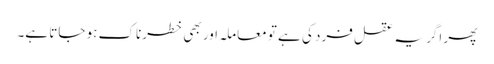
پھر اگر یہ عقل فرد کی ہے تو معاملہ اور بھی خطرناک ہو جاتا ہے۔